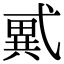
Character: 𢎑